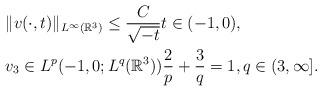
LaTeX: \begin{align*}&\|v(\cdot,t)\|_{L^\infty(\mathbb{R}^3)} \leq \frac{C}{\sqrt{-t}} t \in (-1,0),\\&v_3 \in L^p(-1,0;L^q(\mathbb{R}^3)) \frac{2}{p} + \frac{3}{q} = 1, q \in (3,\infty].\end{align*}